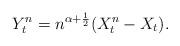
LaTeX: \begin{align*} Y^n_t= n^{\alpha+\frac 12} ( X^n_t-X_t). \end{align*}